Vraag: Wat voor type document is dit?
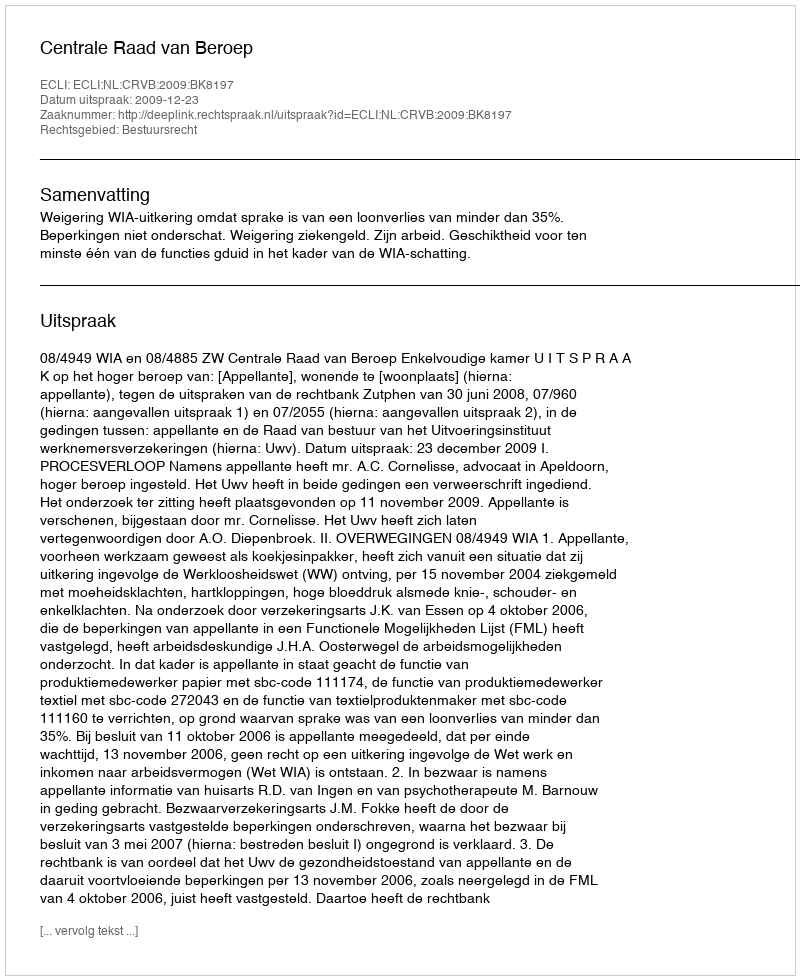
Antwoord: Uitspraak